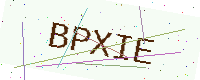
Text: BPXIE